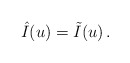
\begin{align*}\hat{I}(u)=\tilde{I}(u)\,.\end{align*}